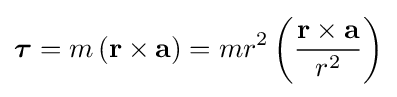
{\boldsymbol {\tau }}=m\left(\mathbf {r} \times \mathbf {a} \right)=mr^{2}\left({\frac {\mathbf {r} \times \mathbf {a} }{r^{2}}}\right)